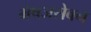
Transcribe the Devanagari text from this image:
भेषजसेवन